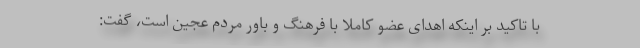
با تاکید بر اینکه اهدای عضو کاملا با فرهنگ و باور مردم عجین است، گفت: